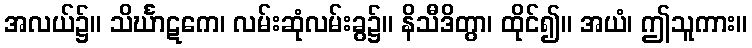
အလယ်၌။ သိင်္ဃာဋကေ၊ လမ်းဆုံလမ်းခွ၌။ နိသီဒိတွာ၊ ထိုင်၍။ အယံ၊ ဤသူကား။